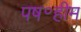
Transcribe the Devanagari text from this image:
पष॰हीम